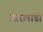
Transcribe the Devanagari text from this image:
आरलांडो